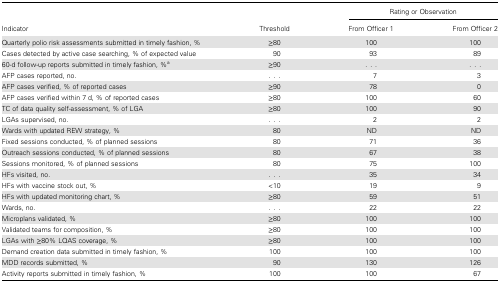
| <ROWSPAN=2> Indicator | <ROWSPAN=2> Threshold | <COLSPAN=2> Rating or Observation |
 | From Officer 1 | From Officer 2 |
 | --- | --- | --- | --- |
 | Quarterly polio risk assessments submitted in timely fashion, % | ≥80 | 100 | 100 |
 | Cases detected by active case searching, % of expected value | 90 | 93 | 89 |
 | 60-d follow-up reports submitted in timely fashion, %a | ≥90 | ... | ... |
 | AFP cases reported, no. | ... | 7 | 3 |
 | AFP cases verified, % of reported cases | ≥90 | 78 | 0 |
 | AFP cases verified within 7 d, % of reported cases | ≥80 | 100 | 60 |
 | TC of data quality self-assessment, % of LGA | ≥80 | 100 | 90 |
 | LGAs supervised, no. | ... | 2 | 2 |
 | Wards with updated REW strategy, % | 80 | ND | ND |
 | Fixed sessions conducted, % of planned sessions | 80 | 71 | 36 |
 | Outreach sessions conducted, % of planned sessions | 80 | 67 | 38 |
 | Sessions monitored, % of planned sessions | 80 | 75 | 100 |
 | HFs visited, no. | ... | 35 | 34 |
 | HFs with vaccine stock out, % | <10 | 19 | 9 |
 | HFs with updated monitoring chart, % | ≥80 | 59 | 51 |
 | Wards, no. | ... | 22 | 22 |
 | Microplans validated, % | ≥80 | 100 | 100 |
 | Validated teams for composition, % | ≥80 | 100 | 100 |
 | LGAs with ≥80% LQAS coverage, % | ≥80 | 100 | 100 |
 | Demand creation data submitted in timely fashion, % | 100 | 100 | 100 |
 | MDD records submitted, % | 90 | 130 | 126 |
 | Activity reports submitted in timely fashion, % | 100 | 100 | 67 |